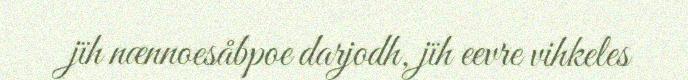
jïh nænnoesåbpoe darjodh, jïh eevre vihkeles